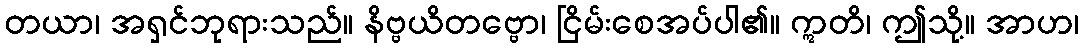
တယာ၊ အရှင်ဘုရားသည်။ နိဗ္ဗယိတဗ္ဗော၊ ငြိမ်းစေအပ်ပါ၏။ ဣတိ၊ ဤသို့။ အာဟ၊